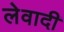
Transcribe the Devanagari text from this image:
लेवादी